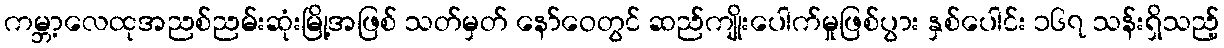
ကမ္ဘာ့လေထုအညစ်ညမ်းဆုံးမြို့အဖြစ် သတ်မှတ် နော်ဝေတွင် ဆည်ကျိုးပေါက်မှုဖြစ်ပွား နှစ်ပေါင်း ၁၆၇ သန်းရှိသည့်